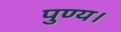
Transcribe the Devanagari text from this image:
पुण्य।